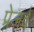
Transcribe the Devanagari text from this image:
प्रेजर्व